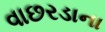
વાછરડાના